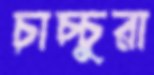
চাচ্চুরা